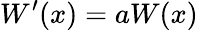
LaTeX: W^{\prime}(x)=aW(x)